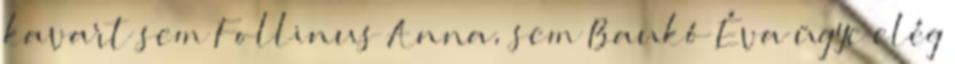
kavart sem Follinus Anna, sem Baukó Éva ügye elég